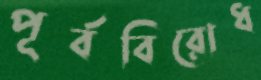
পূর্ববিরোধ